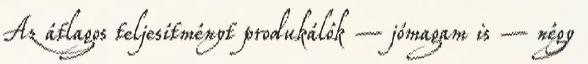
Az átlagos teljesítményt produkálók – jómagam is – négy